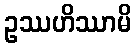
ဥဿဟိဿာမိ